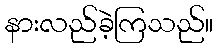
နားလည်ခဲ့ကြသည်။